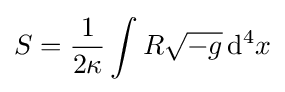
S={1 \over 2\kappa }\int R{\sqrt {-g}}\,\mathrm {d} ^{4}x